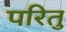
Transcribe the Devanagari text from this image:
परितु